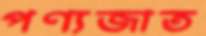
পণ্যজাত